Bréfritari: Stefanía Siggeirsdóttir
Viðtakandi: Páll Pálsson
Dagsetning: A-1872-xx-xx
Skrifað á: Hraungerði  Árn.
Stefanía var bróðurdóttir Páls Pálssonar

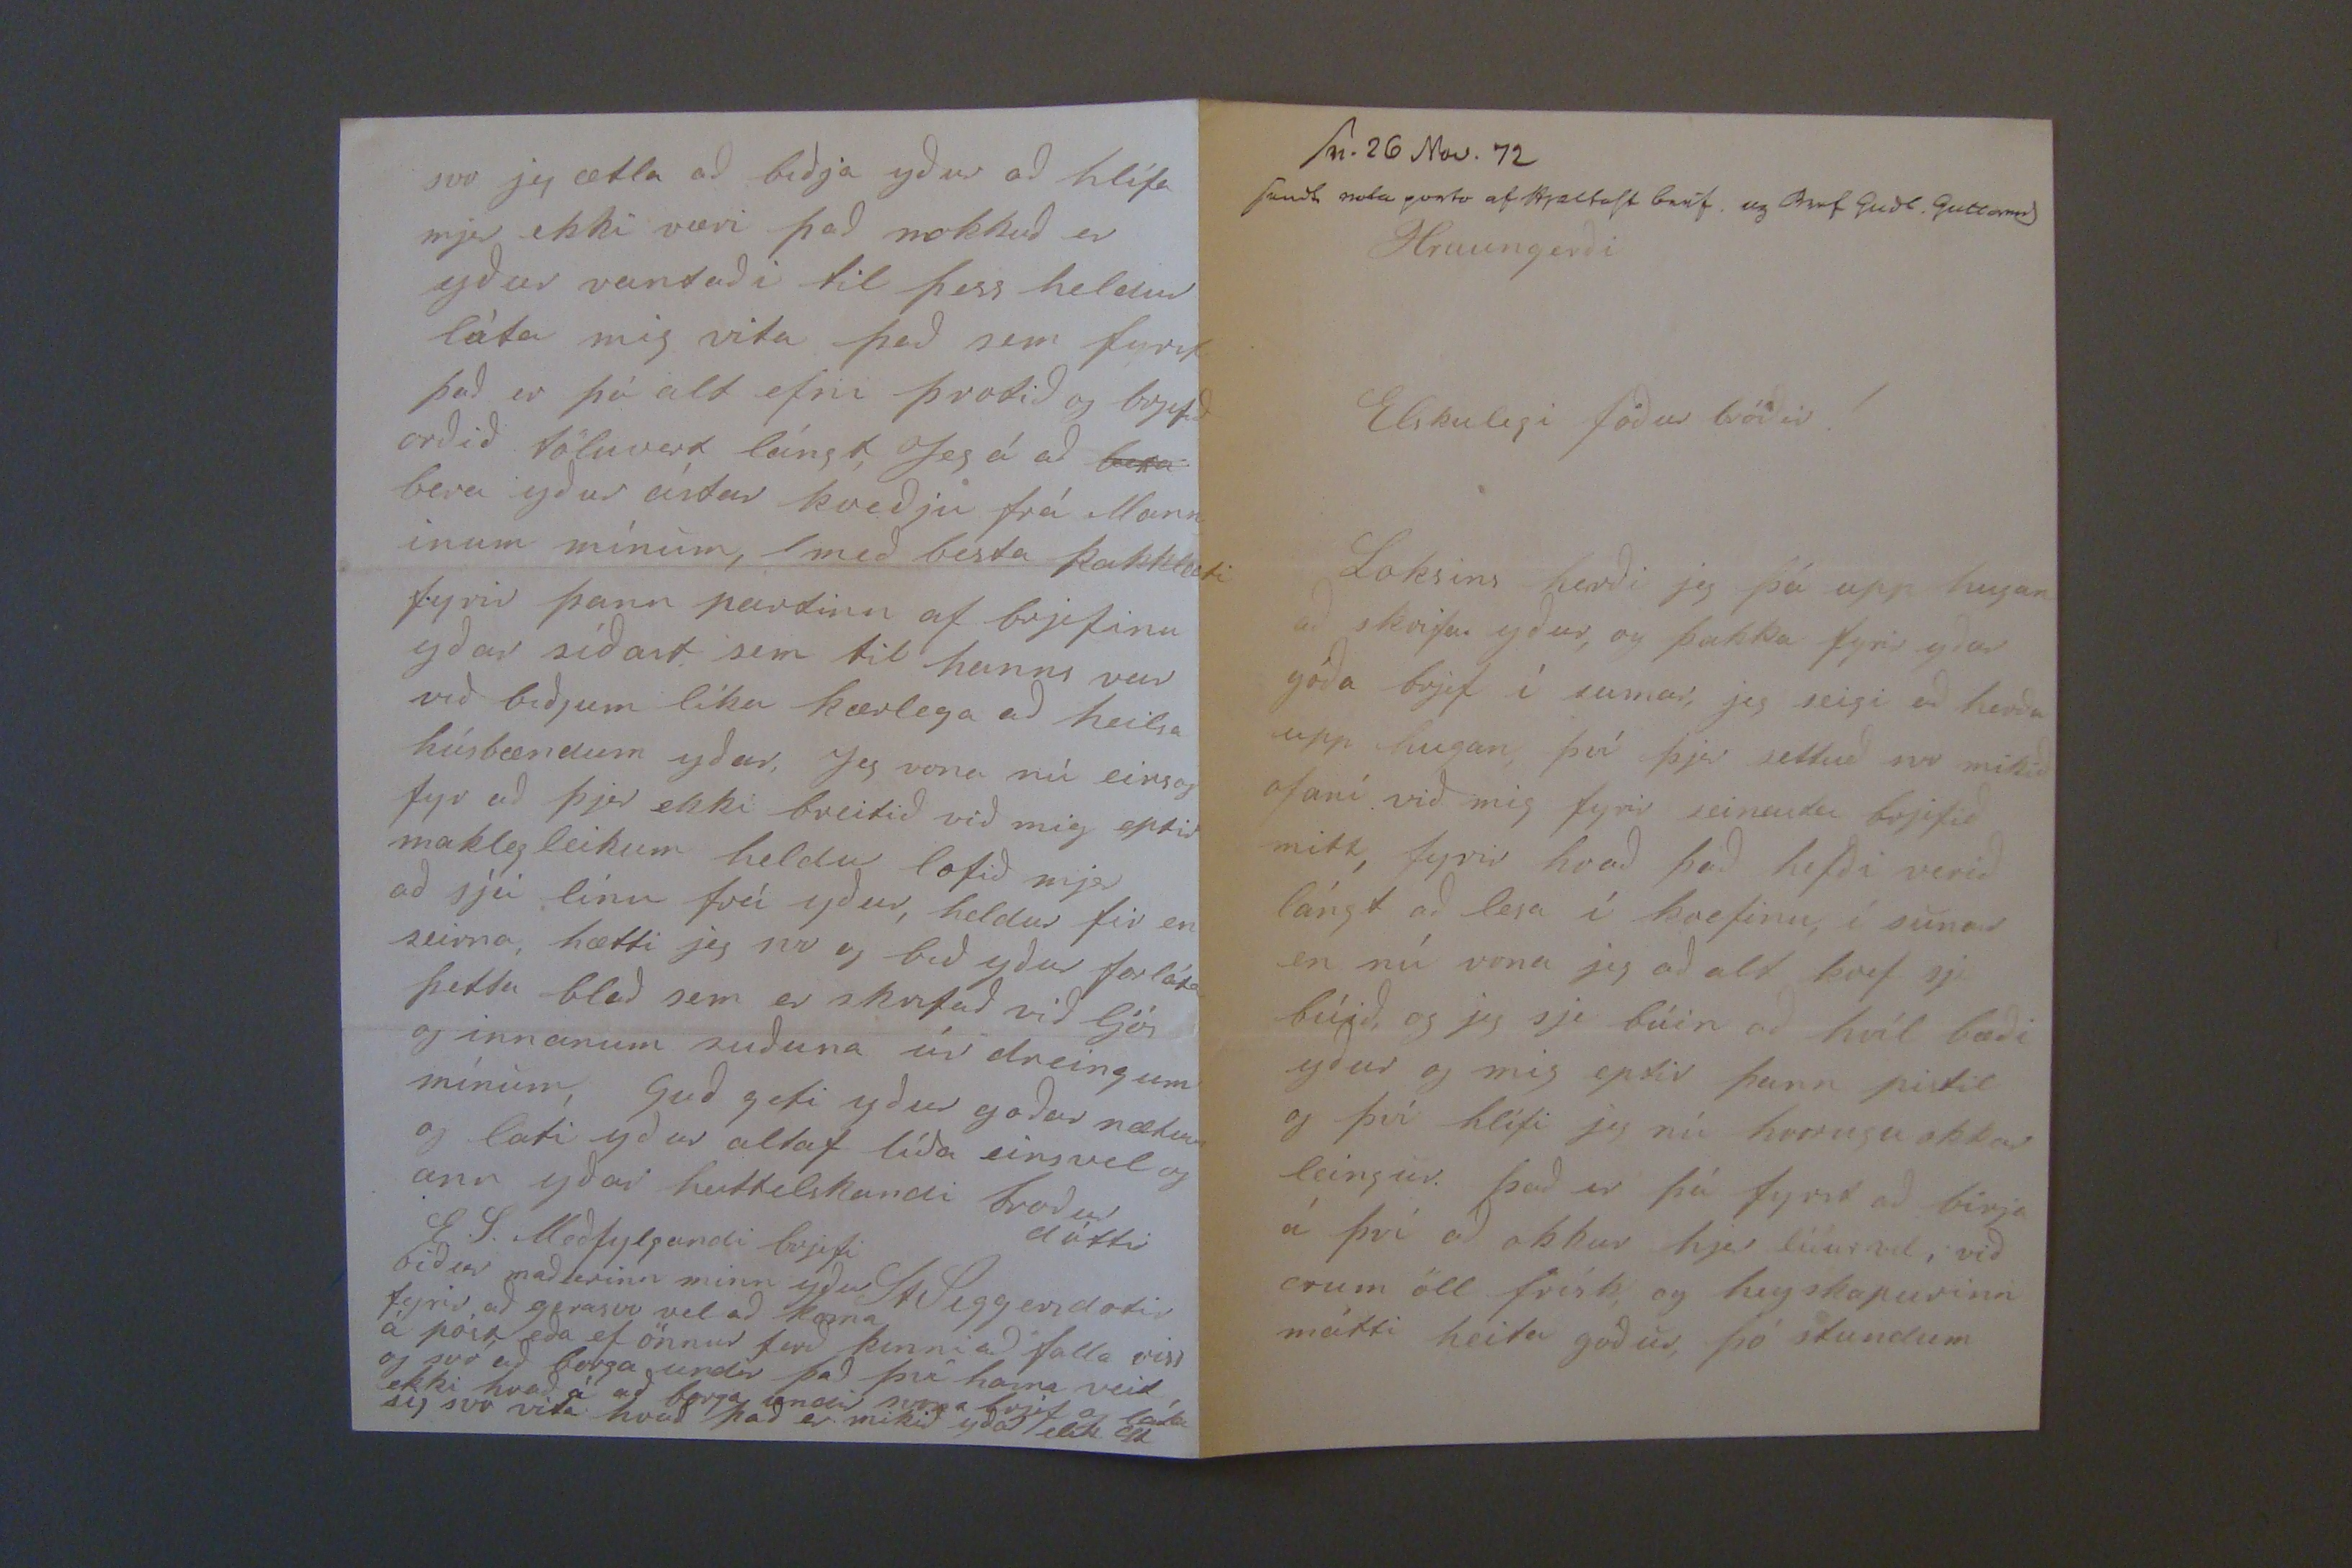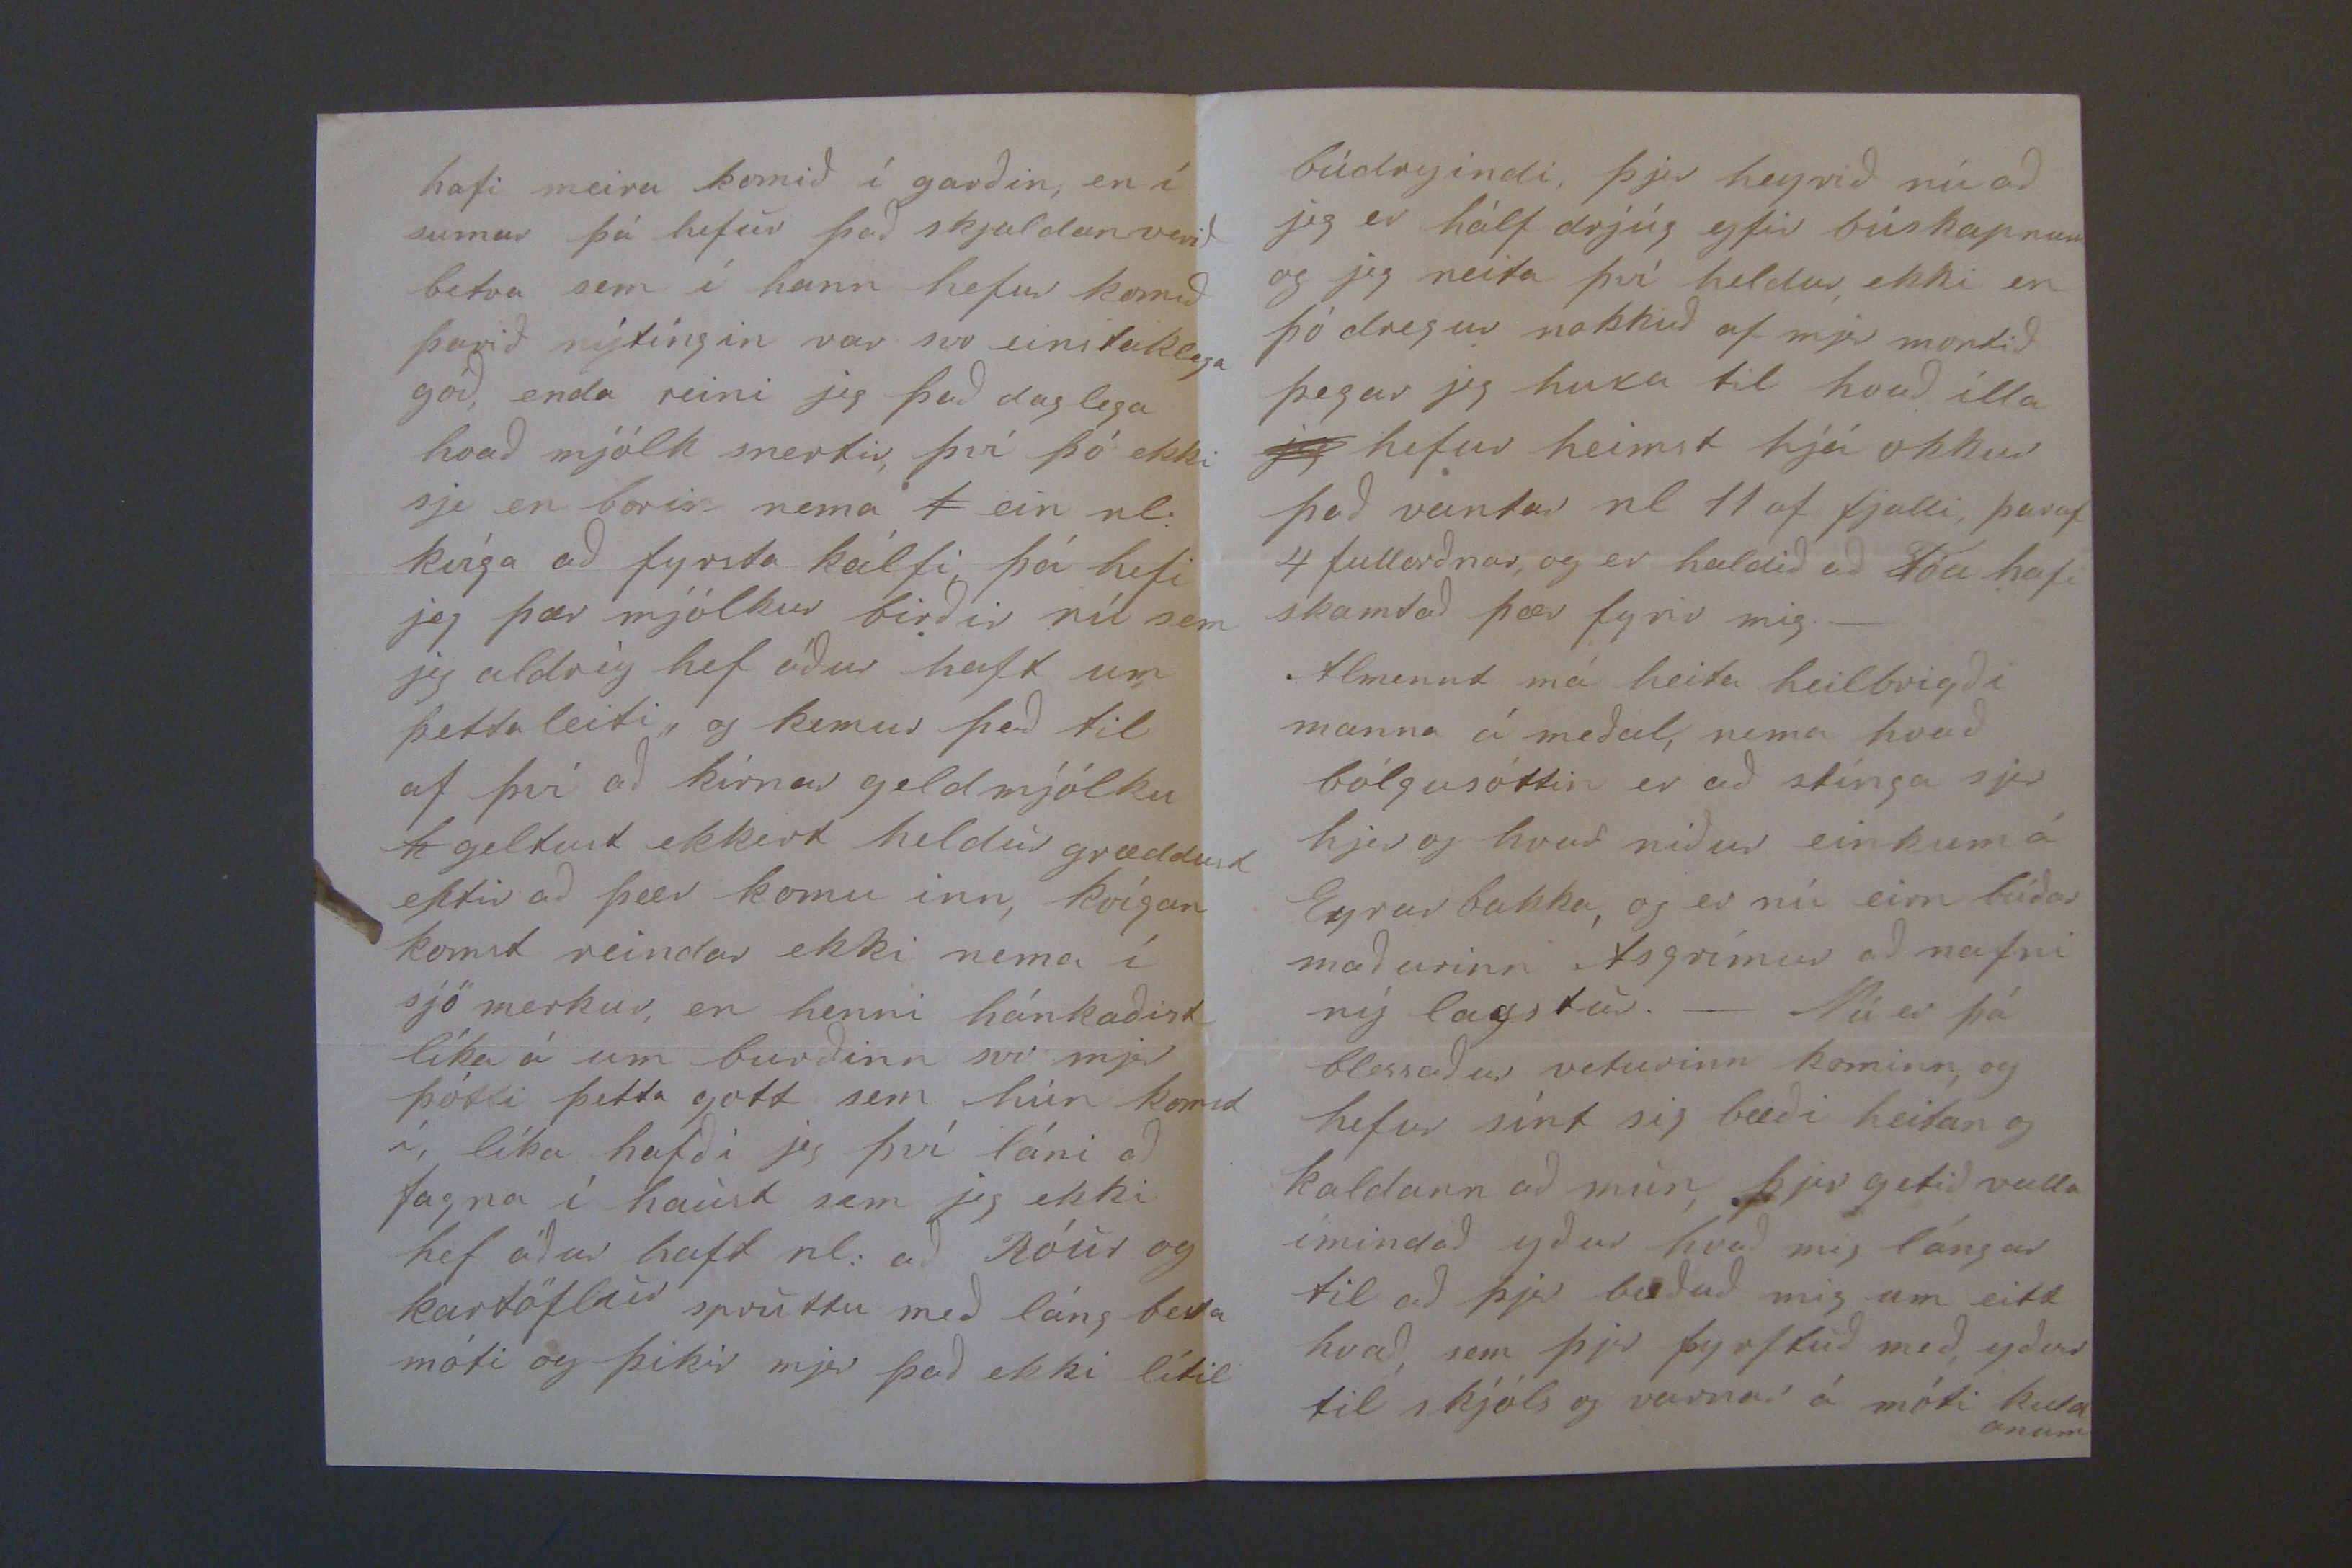

sv. 26 Nov. 72 sendt
nota parta af 0jaltast bref og Bref Gudl. Guttorms
Hraungerði
Elskulegi föður bróðir!
Loksins herði jeg þá upp hugan að skrifa yður, og þakka fyrir yðar góða brjef í sumar, jeg seigi að herða upp hugan því þjer settuð svo mikið ofaní við mig fyrir seinasta brjefið mitt, fyrir hvað það hefði verið lángt að lesa í kvefinu, í sumar en nú vona jeg að alt kvef sje búið, og jeg sje búin að hvíl bæði yður og mig eptir þann pistil og því hlífi jeg nú hvorugu okkar leingur. það er þá fyrst að birja á því að okkur hjer líður vel, við erum öll frísk, og heyskapurinn mátti heita góður, þó stundum
hafi meira komið í garðin, en í sumar þá hefur það skjaldan verið betra sem í hann hefur komið þ
avið
nýtíngin var svo einstaklega góð, enda reini jeg það daglega hvað mjólk snertir, því þó ekki sje en borin nema
1
ein nl: kvíga að fyrsta kálfi þá hefi jeg þær mjólkur birðir nú sem jeg aldrey hef áður haft um þetta leiti, og kemur það til af því að kírnar geldmjólku
h
geltust ekkert heldur græddust eftir að þær komu inn, kvígan komst reindar ekki nema í sjö merkur, en henni hánkaðist líka á um burðinn svo mjer þótti þetta gott sem hún komst í, líka hafði jeg því láni að fagna í haust sem jeg ekki hef áður haft nl: að Róur og kartöflur spruttu með láng besta móti og þikir mjer það ekki lítil
búdryindi, þjer heyrið nú að jeg er hálf drjúg yfir búskapnum og jeg neita því heldur ekki en þó dregur nokkuð af mjer montið þegar jeg huxa til hvað illa
jeg
hefur heimst hjá okkur það vantar nl 11 af fjalli, þaraf 4 fullorðnar, og er haldið að Tóa hafi skamtað þær fyrir mig._ Almennt má heita heilbrigði manna á meðal, nema hvað bólgusóttin er að stínga sjer hjer og hvar niður einkum á Eyrarbakka, og er nú eirn búðar maðurinn Asgrímur að nafni ný lagstur._ Nú er þá blessaður veturinn kominn, og hefur sínt sig bæði heitan og kaldann að mun, þjer getið valla ímindað yður hvað mig lángar til að þjer bæðuð mig um eitt hvað, sem þjer þyrftuð með, yður til skjóls og varnar á móti kuldanum
svo jeg ætla að biðja yður að hlífa mjer ekki væri það nokkuð er yður vantaði til þess heldur láta mig vita það sem fyrst það er þá alt efni þrotið og brjefið orðið töluvert lángt, Jeg á að
bera
bera yður ástar kveðju frá Mann inum mínum,
(
með besta þakklæti fyrir þann partinn af brjefinu yðar síðast sem til hanns var við biðjum líka kærlega að heilsa húsbændum yðar, Jeg vona nú einsog fyr að þjer ekki breitið við mig eptir maklegleikum heldur lofið mjer að sjá línu frá yður, heldur fir en seirna, hætti jeg svo og bið yður forláta þetta blað sem er skrifað við ljós og innanum suðuna úr dreingum mínum, Guð gefi yður goðar nætur og lati yður altaf líða einsvel og ann yðar heittelskandi broður dóttir
StSiggersdotir
E.S. Meðfylgandi brjefi biður maðurinn minn yður fyrir að gerasvo vel að koma á póst eða ef önnur ferð kinni að falla
viss
og svo að borga undir það því hann veit ekki hvað á að borga undir svona brjef og láta sig svo vita hvað það er mikið yðar elsk St